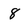
Character: 8